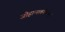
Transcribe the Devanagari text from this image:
जोहान्सबर्गपासून